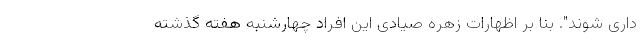
داری شوند". بنا بر اظهارات زهره صیادی این افراد چهارشنبه هفته گذشته